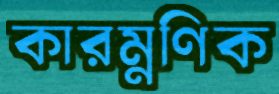
কারম্নণিক